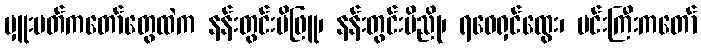
မှူးမတ်ကတော်တွေထဲက နန်းတွင်းမိဖြူ၊ နန်းတွင်းမိညို၊ ရဝေရှင်ထွေး၊ မင်းကြီးကတော်